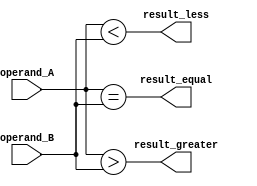
module Magnitude_Comparator (
    input wire signed [7:0] operand_A,
    input wire signed [7:0] operand_B,
    output reg result_greater,
    output reg result_less,
    output reg result_equal
);

assign result_greater = (operand_A > operand_B);
assign result_less = (operand_A < operand_B);
assign result_equal = (operand_A == operand_B);

endmodule